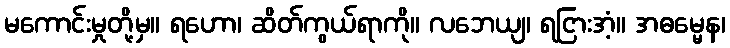
မကောင်းမှုတို့မှ။ ရဟော၊ ဆိတ်ကွယ်ရာကို။ လဘေယျ၊ ရငြားအံ့။ အဓမ္မေန၊